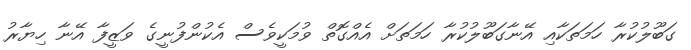
ގަބޫލުކުރާ ހަމަތަކާއި އޭނާގަބޫލުކުރާ ހަމަތަށް އެއްގޮތް ވުމަކީވެސް އެކުންފުނީގެ ވަޒީފާ އޭނާ ހިޔާރު